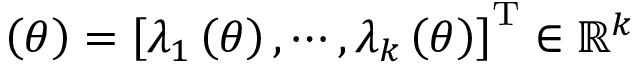
{ \bf \Lambda } \left( \theta \right) = \left[ \lambda _ { 1 } \left( \theta \right) , \cdots , \lambda _ { k } \left( \theta \right) \right] ^ { \mathrm { T } } \in \mathbb { R } ^ { k }